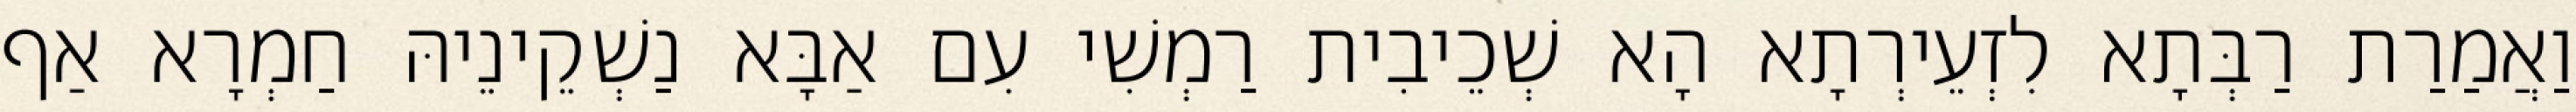
וַאֲמַרַת רַבְּתָא לִזְעֵירְתָא הָא שְׁכֵיבִית רַמְשִׁי עִם אַבָּא נַשְׁקֵינֵיהּ חַמְרָא אַף